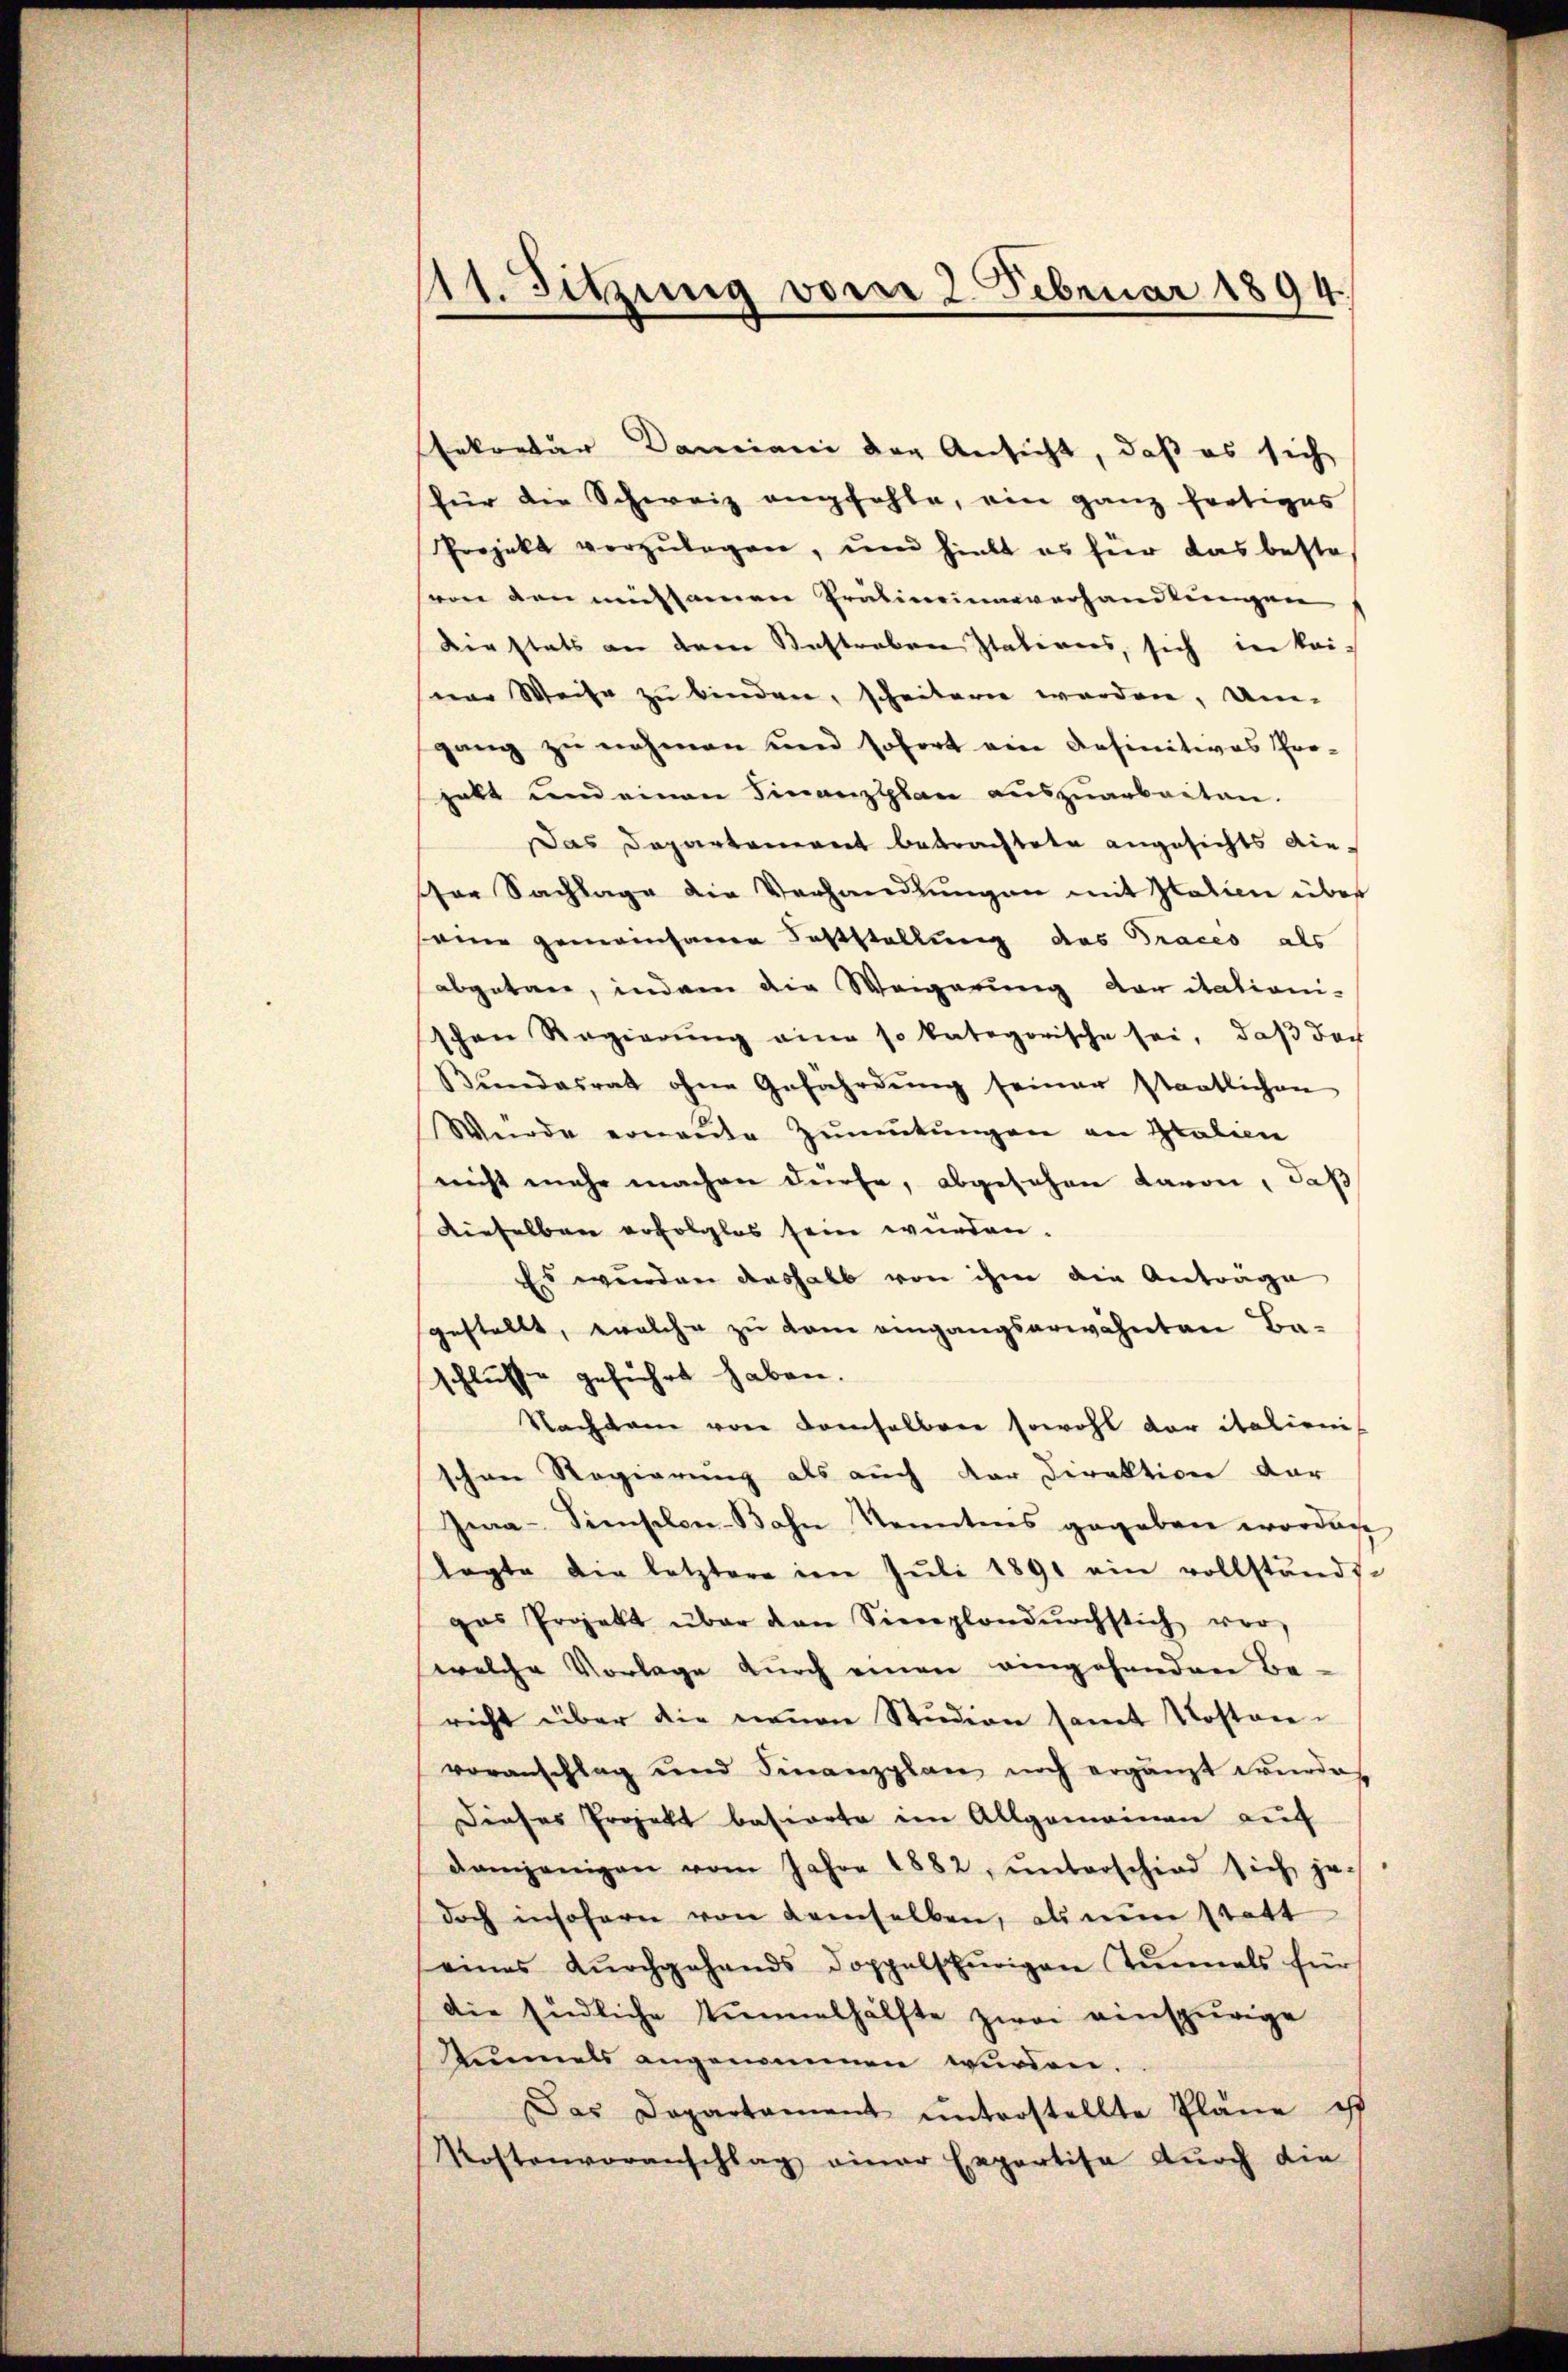
111. Sitzung vom 2. Februar 1894.

Erkontär Damiani der Ansicht, daß es sich
für die Schweiz empfehle, ein ganz fertiges
Projekt vorzŭlegen, und hielt es für das bestevon den mühsamen Präliminarverhandlungen
Dinstets an dem Kastreben Stativers, sich in kei-
ner Weise zu binden, scheitern werden, Um
gang zu nehmen und sofort eine Definitives Pro-
habt und einen Finanzsplan auszuarbeiten.
Das Departement betrachtete angesichts dieor Sachlage die Verhandlungen mit Italien über
seine gemeinsamen Feststellung des Traces als
abgetan, indem die Weigerung von dationischen Regierŭng eine so kategorische sei, daβ doch
Bŭndesrat ohne Gefahrdŭng seiner Staatlichen
Wurde ernande Zŭmŭtŭngen an Italicie
nicht mehr machen dürfe, abgesehen Baron, daß
Dieselben erfolglos sein würden.
Es wurden deshalb von ihm die Antrage
gestellt, welche zu kam eingangserwähnten Ba-
schlusse geführt haben.
Nachtane von demselben sowohl der italienis
schen Regierung als auch der Direktion dar
Gea-Simschen-Bahn Kenntnis gegeben worden
lagte die letztere im Juli 1891 ein vollstände
gas Projekt über den Sineplandurchstich vor
welche Vorlage durch einen eingehandere Be-
richt über die neuen Studion samt Kosten-
voranschlag und Finanzplan noch ergänzt werden
Dieses Projekt basirrte im Allgemeinen auf
damjenigen vom Jahre 1882, ŭnterschied sich je
doch insofern von demselben, als nun statt
eines dŭrchgehands doppelspurigen Tunnels für
die Endliche Tunnelhälfte zwei einspurige
Annels angenommen wurden.
Das Departament ŭnterstellte Pläne ist
Kostenvoranschlag einer Expertisa durch die